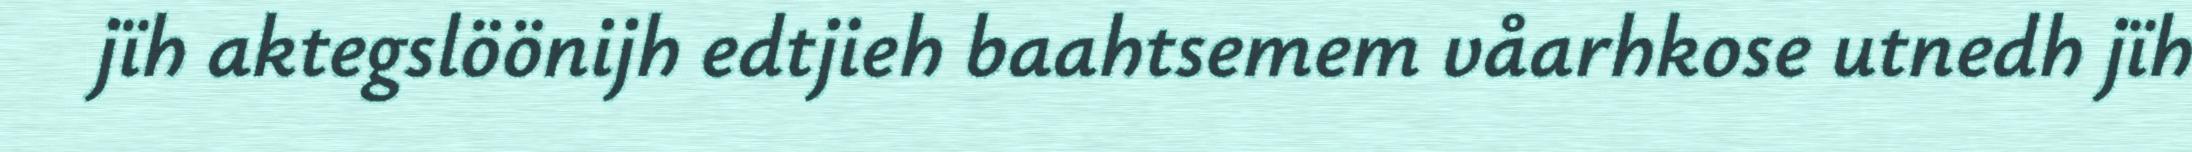
jïh aktegslöönijh edtjieh baahtsemem våarhkose utnedh jïh